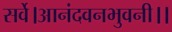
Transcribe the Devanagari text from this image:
सर्वे।आनंदवनभुवनी।।